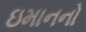
ઇમાનનો